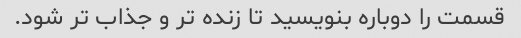
قسمت را دوباره بنویسید تا زنده تر و جذاب تر شود.